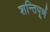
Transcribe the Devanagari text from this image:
शन्तिपूर्ण